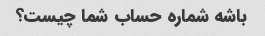
باشه شماره حساب شما چیست؟